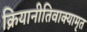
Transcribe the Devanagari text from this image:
क्रियानीतिवाक्यामृत